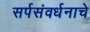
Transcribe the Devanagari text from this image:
सर्पसंवर्धनाचे